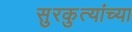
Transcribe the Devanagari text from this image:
सुरकुत्यांच्या